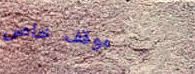
موقف خاص